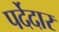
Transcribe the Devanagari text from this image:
पर्देदार